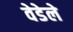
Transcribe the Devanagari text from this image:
वेडेले